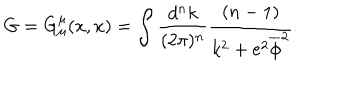
G = G _ { \mu } ^ { \mu } ( x , x ) = \int \frac { d ^ { n } k } { ( 2 \pi ) ^ { n } } \frac { ( n - 1 ) } { k ^ { 2 } + e ^ { 2 } \overline { { \phi } } ^ { 2 } } .